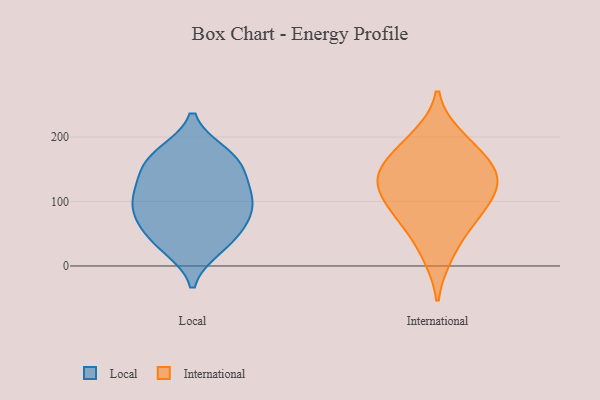
{"axis": {"x": "Headcount", "y": "Value"}, "legend": ["International", "Local"], "data": [{"x": "", "y": 149, "type": "Local"}, {"x": "", "y": 173, "type": "Local"}, {"x": "", "y": 69, "type": "Local"}, {"x": "", "y": 167, "type": "Local"}, {"x": "", "y": 46, "type": "Local"}, {"x": "", "y": 103, "type": "Local"}, {"x": "", "y": 32, "type": "Local"}, {"x": "", "y": 70, "type": "Local"}, {"x": "", "y": 124, "type": "Local"}, {"x": "", "y": 100, "type": "Local"}, {"x": "", "y": 140, "type": "Local"}, {"x": "", "y": 175, "type": "Local"}, {"x": "", "y": 104, "type": "Local"}, {"x": "", "y": 28, "type": "Local"}, {"x": "", "y": 83, "type": "Local"}, {"x": "", "y": 70, "type": "International"}, {"x": "", "y": 17, "type": "International"}, {"x": "", "y": 200, "type": "International"}, {"x": "", "y": 184, "type": "International"}, {"x": "", "y": 114, "type": "International"}, {"x": "", "y": 99, "type": "International"}, {"x": "", "y": 136, "type": "International"}, {"x": "", "y": 71, "type": "International"}, {"x": "", "y": 153, "type": "International"}, {"x": "", "y": 150, "type": "International"}, {"x": "", "y": 130, "type": "International"}]}